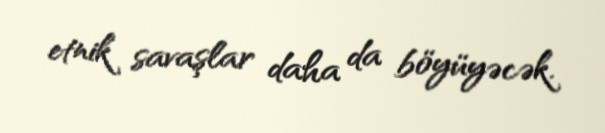
etnik savaşlar daha da böyüyəcək.